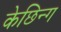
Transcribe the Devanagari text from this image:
केछिन्ग